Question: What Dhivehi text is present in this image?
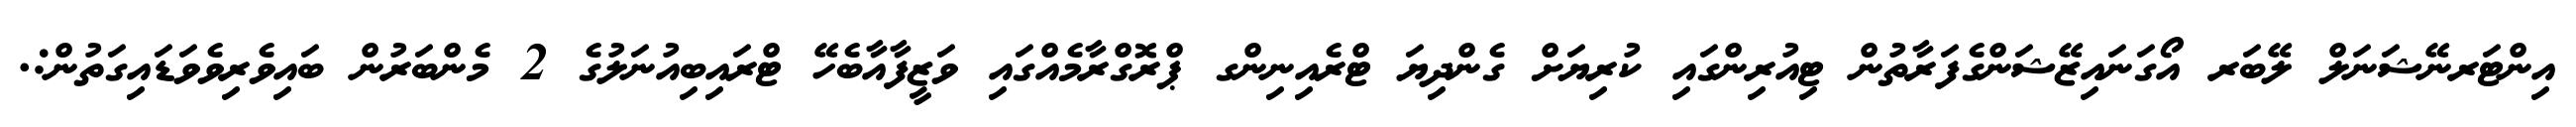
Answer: އިންޓަރނޭޝަނަލް ލޭބަރ އޯގަނައިޒޭޝަންގެފަރާތުން ޓިއުރިންގައި ކުރިޔަށް ގެންދިޔަ ޓްރެއިނިންގ ޕްރޮގްރާމެއްގައި ވަޒީފާއާބެހޭ ޓްރައިބިއުނަލުގެ 2 މެންބަރުން ބައިވެރިވެވަޑައިގަތުން:.